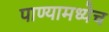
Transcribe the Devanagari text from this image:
पाण्यामध्येच